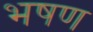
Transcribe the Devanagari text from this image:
भषण